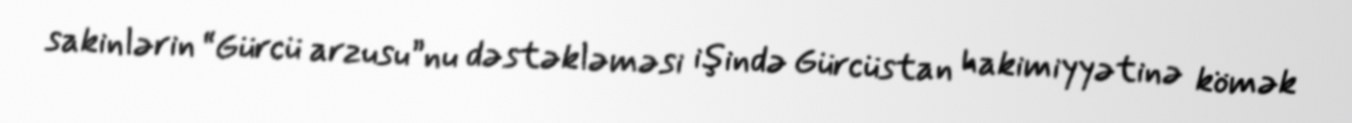
sakinlərin “Gürcü arzusu”nu dəstəkləməsi işində Gürcüstan hakimiyyətinə kömək